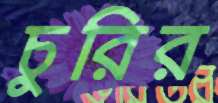
চুরির